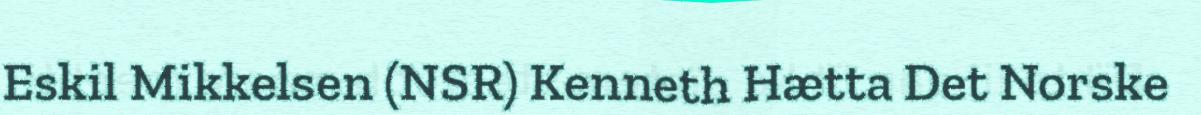
Eskil Mikkelsen (NSR) Kenneth Hætta Det Norske